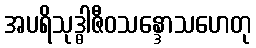
အပရိသုဒ္ဓါဇီဝသန္ဒောသဟေတု